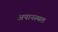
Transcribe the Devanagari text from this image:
अपानस्थल